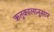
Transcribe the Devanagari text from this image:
ऋतुकालानुसार